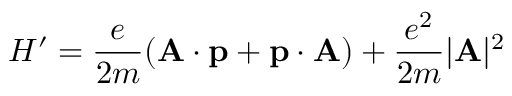
H ^ { \prime } = { \frac { e } { 2 m } } ( \mathbf { A } \cdot \mathbf { p } + \mathbf { p } \cdot \mathbf { A } ) + { \frac { e ^ { 2 } } { 2 m } } | \mathbf { A } | ^ { 2 }